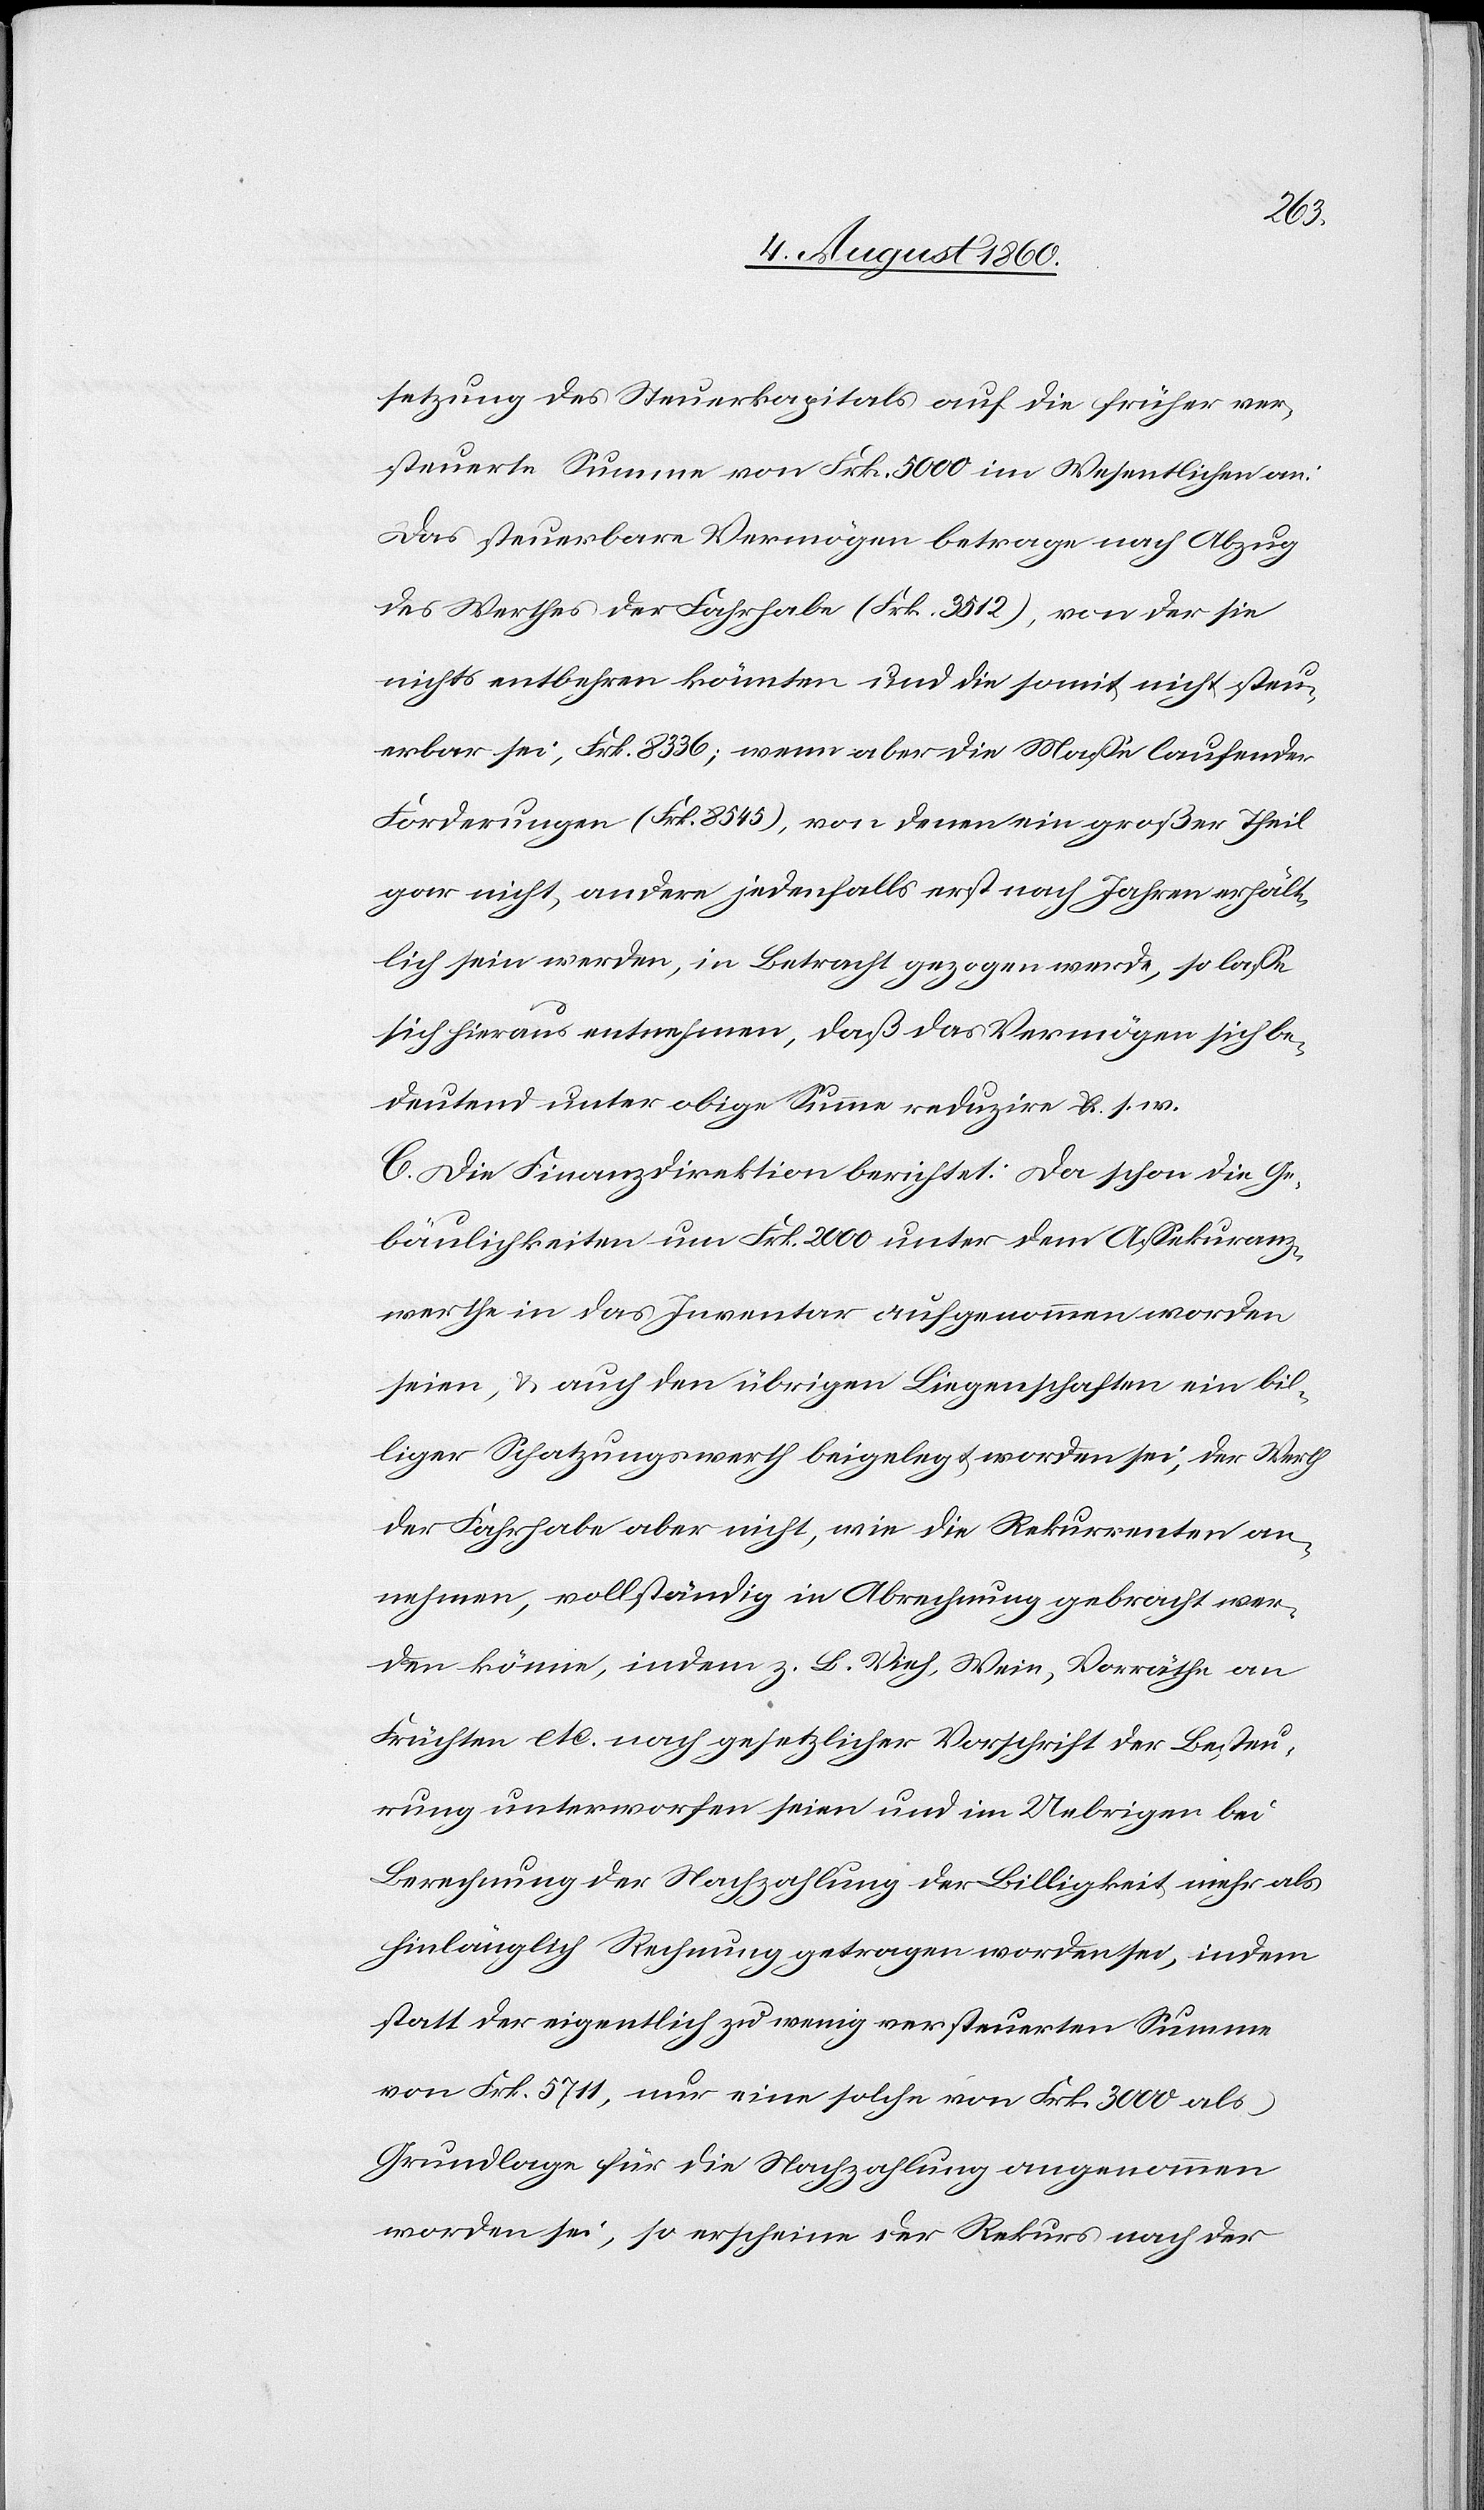
setzung des Steuerkapitals auf die früher ver¬
steuerte Summe von fcs. 5,000 im Wesentlichen an:
Das steuerbare Vermögen betrage nach Abzug
des Werthes der Fahrhabe (Frk. 3512), von der sie
nichts entbehren könnten und die somit nicht steu¬
erbar sei, Frk. 8336; wenn aber die Masse laufender
Forderungen [Frk. 4845] von denen ein grosser Theil
gar nicht, andere jedenfalls erst nach Jahren erhält¬
lich sein werden, in Betracht gezogen werde, so lasse
sich hieraus entnehmen, dass das Vermögen sich be¬
deutend unter obige Summe reduzire, u. s. w.
C. Die Finanzdirektion berichtet: da schon die Ge¬
bäulichkeiten und fcs. 2000 unter dem Assekuranz¬
werthe in das Inventar aufgenommen worden
seien u. auch den übrigen Liegenschaften ein bil¬
liger Schatzungswerth beigelegt worden sei; der Werth
der Fahrhabe aber nicht, wie die Rekurrenten an¬
nehmen, vollständig in Abrechnung gebracht wer¬
den könne, indem z. B. Vieh, Wein, Vorräthe an
Früchten etc. nach gesetzlicher Vorschrift der Besteu¬
rung unterworfen seien und im Uebrigen bei
Berechnung der Nachzahlung der Billigkeit mehr als
hinlänglich Rechnung getragen worden sei, indem
statt der eigentlich zu wenig versteuerten Summe
von Frk. 5711, nur eine solche von Frk. 3000 als
Grundlage für die Nachzahlung angenommen
worden sei, so erscheine der Rekurs nach der